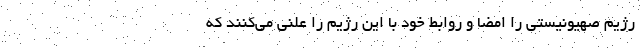
رژیم صهیونیستی را امضا و روابط خود با این رژیم را علنی می‌کنند که